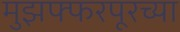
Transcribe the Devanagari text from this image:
मुझफ्फरपूरच्या